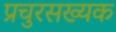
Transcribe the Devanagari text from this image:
प्रचुरसख्यक